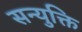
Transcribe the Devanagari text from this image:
सन्युक्ति